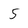
Character: 5